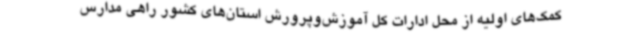
کمک‌های اولیه از محل ادارات کل آموزش‌وپرورش استان‌های کشور راهی مدارس